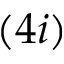
( 4 i )